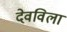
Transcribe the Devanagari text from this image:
देवविला